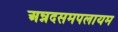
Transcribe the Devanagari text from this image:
अन्नदसमपलायम